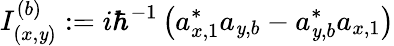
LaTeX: I_{(x,\mathit{y})}^{(b)}:=i\hbar^{-1}\left(a_{x,1}^{\ast}a_{\mathit{y},b}-a_{\mathit{y},b}^{\ast}a_{x,1}\right)